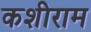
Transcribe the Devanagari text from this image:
कशीराम